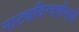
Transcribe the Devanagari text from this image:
नाट्यदिग्दर्शनाचे